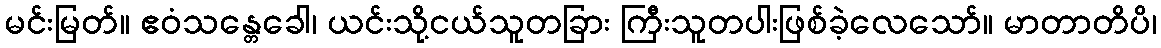
မင်းမြတ်။ ဧဝံသန္တေခေါ၊ ယင်းသို့ငယ်သူတခြား ကြီးသူတပါးဖြစ်ခဲ့လေသော်။ မာတာတိပိ၊